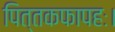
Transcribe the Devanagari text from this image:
पित्तकफापहः।